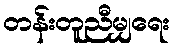
တန်းတူညီမျှရေး